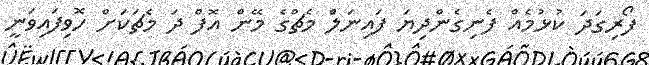
ފޯރިގަދަ ކުޅުމެއް ފެނިގެންދިޔަ ފައިނަލްެ މެޗްގެ މޭން އޮފް ދަ މެޗަކަށް ހޮވިފައިވަނީ